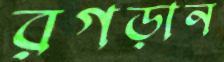
রগড়ান